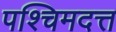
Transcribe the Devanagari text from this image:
पश्चिमदत्त